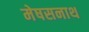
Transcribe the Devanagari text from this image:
मेषसनाथ